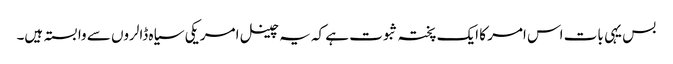
بس یہی بات اس امر کا ایک پختہ ثبوت ہے کہ یہ چینل امریکی سیاہ ڈالروں سے وابستہ ہیں۔